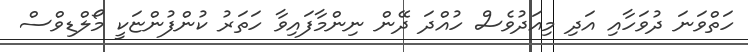
ހަތްވަނަ ދުވަހާއި އަދި މިއަދުވެސް ހުއްދަ ދޭން ނިންމާފައިވާ ހަތަރު ކުންފުންޏަކީ މޯލްޑިވްސް